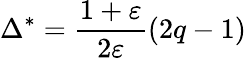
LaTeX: \Delta^{*}=\frac{1+\varepsilon}{2\varepsilon}\left(2q-1\right)